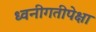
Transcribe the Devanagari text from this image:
ध्वनीगतीपेक्षा